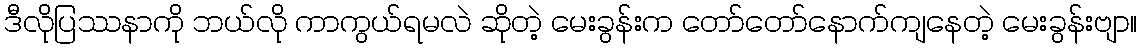
ဒီလိုပြဿနာကို ဘယ်လို ကာကွယ်ရမလဲ ဆိုတဲ့ မေးခွန်းက တော်တော်နောက်ကျနေတဲ့ မေးခွန်းဗျာ။